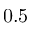
0 . 5